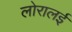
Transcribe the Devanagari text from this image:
लोरालई